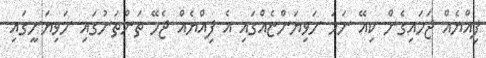
ފިއްޔެއް ޖަހައިގެން ކިއޭ ނަމަ ށަވިޔަންޏެއްގައި އެ ފިއްޔެއް ޖެހޭ ތަންތަނުގައި ށަވިޔަނީގައި